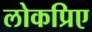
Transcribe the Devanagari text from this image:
लोकप्रिए